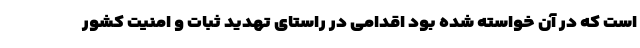
است که در آن خواسته شده بود اقدامی در راستای تهدید ثبات و امنیت کشور